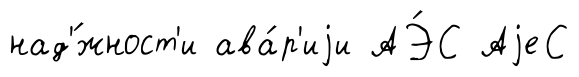
над'́жност'и ава́р'иjи АЭ́С АjеС